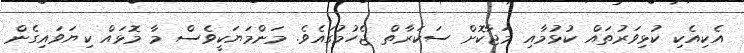
އެކިއެކި ކުޅިވަރުތައް ކުޅުމާއި މަޖާކޮށް ސަކަރާތް ޖެހުމުގައެވެ. މަންމަޔަކީވެސް މާ މޮޅައް ކިޔަވައިގެން